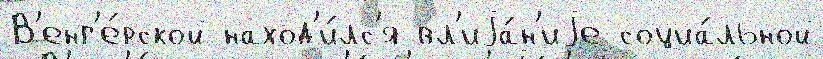
В'енг'е́рской наход'и́лс'я вл'иjа́н'иjе социа́льной